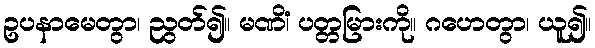
ဥပနာမေတွာ၊ ညွတ်၍။ မဏိံ၊ ပတ္တမြားကို။ ဂဟေတွာ၊ ယူ၍။